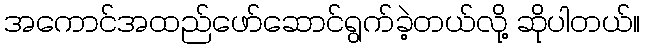
အကောင်အထည်ဖော်ဆောင်ရွက်ခဲ့တယ်လို့ ဆိုပါတယ်။